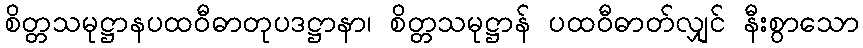
စိတ္တသမုဋ္ဌာနပထဝီဓာတုပဒဋ္ဌာနာ၊ စိတ္တသမုဋ္ဌာန် ပထဝီဓာတ်လျှင် နီးစွာသော